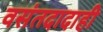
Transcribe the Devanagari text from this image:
वसंतदादाही